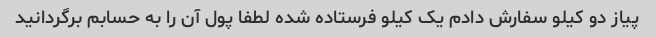
پیاز دو کیلو سفارش دادم یک کیلو فرستاده شده لطفا پول آن را به حسابم برگردانید